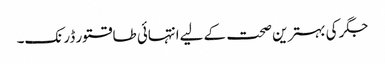
جگر کی بہترین صحت کے لیےانتہائی طاقتور ڈرنک۔